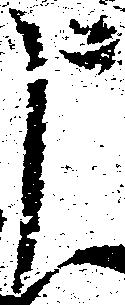
申